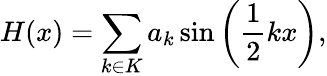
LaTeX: H(x)=\sum_{k\in K}a_{k}\sin\left(\frac{1}{2}kx\right),